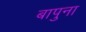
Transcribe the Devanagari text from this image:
बापुना